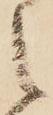
之